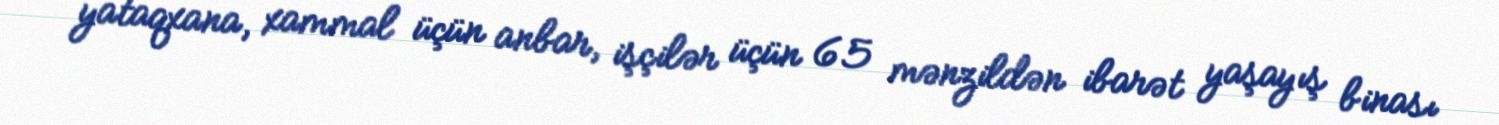
yataqxana, xammal üçün anbar, işçilər üçün 65 mənzildən ibarət yaşayış binası